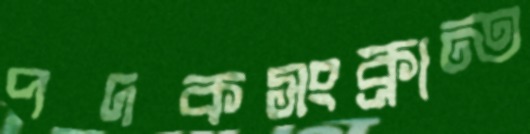
পদকসংক্রান্ত